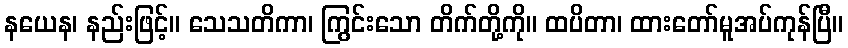
နယေန၊ နည်းဖြင့်။ သေသတိကာ၊ ကြွင်းသော တိက်တို့ကို။ ထပိတာ၊ ထားတော်မူအပ်ကုန်ပြီ။